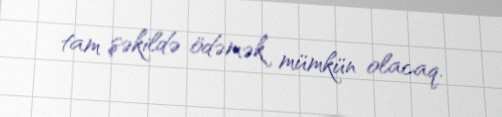
tam şəkildə ödəmək mümkün olacaq.